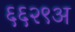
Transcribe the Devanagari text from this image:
६६२९अ